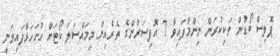
ޕޮލިސް ބޯޑުން ވަކިކުރަން ނިންމާފައިވާ 7 އޮފިސަރުންގެ ތެރެއިން މިމައްސަލަ ކޯޓަށް ހުށަހަޅާފައިވަނީ